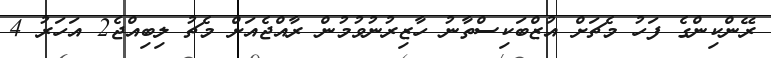
ރޭންކިންގެ ފަހު މެޗަށް އުޒްބަކިސްތާނު ހާޒިރުނުވުމުން ރާއްޖެއަށް މެޗު ލިބިއްޖެ2 އަހަރު 4